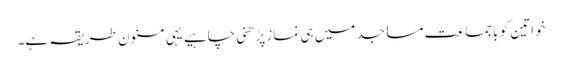
خواتین کو باجماعت مساجد میں ہی نماز پڑھنی چاہیے یہی مسنون طریقہ ہے۔